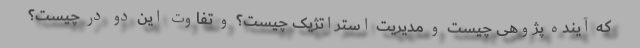
که آینده پژوهی چیست و مدیریت استراتژیک چیست؟ و تفاوت این دو در چیست؟